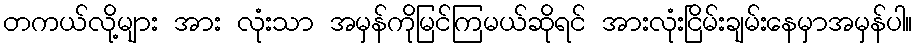
တကယ်လို့များ အား လုံးသာ အမှန်ကိုမြင်ကြမယ်ဆိုရင် အားလုံးငြိမ်းချမ်းနေမှာအမှန်ပါ။